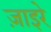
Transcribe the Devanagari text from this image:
ज़ाइरे